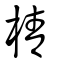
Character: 棈